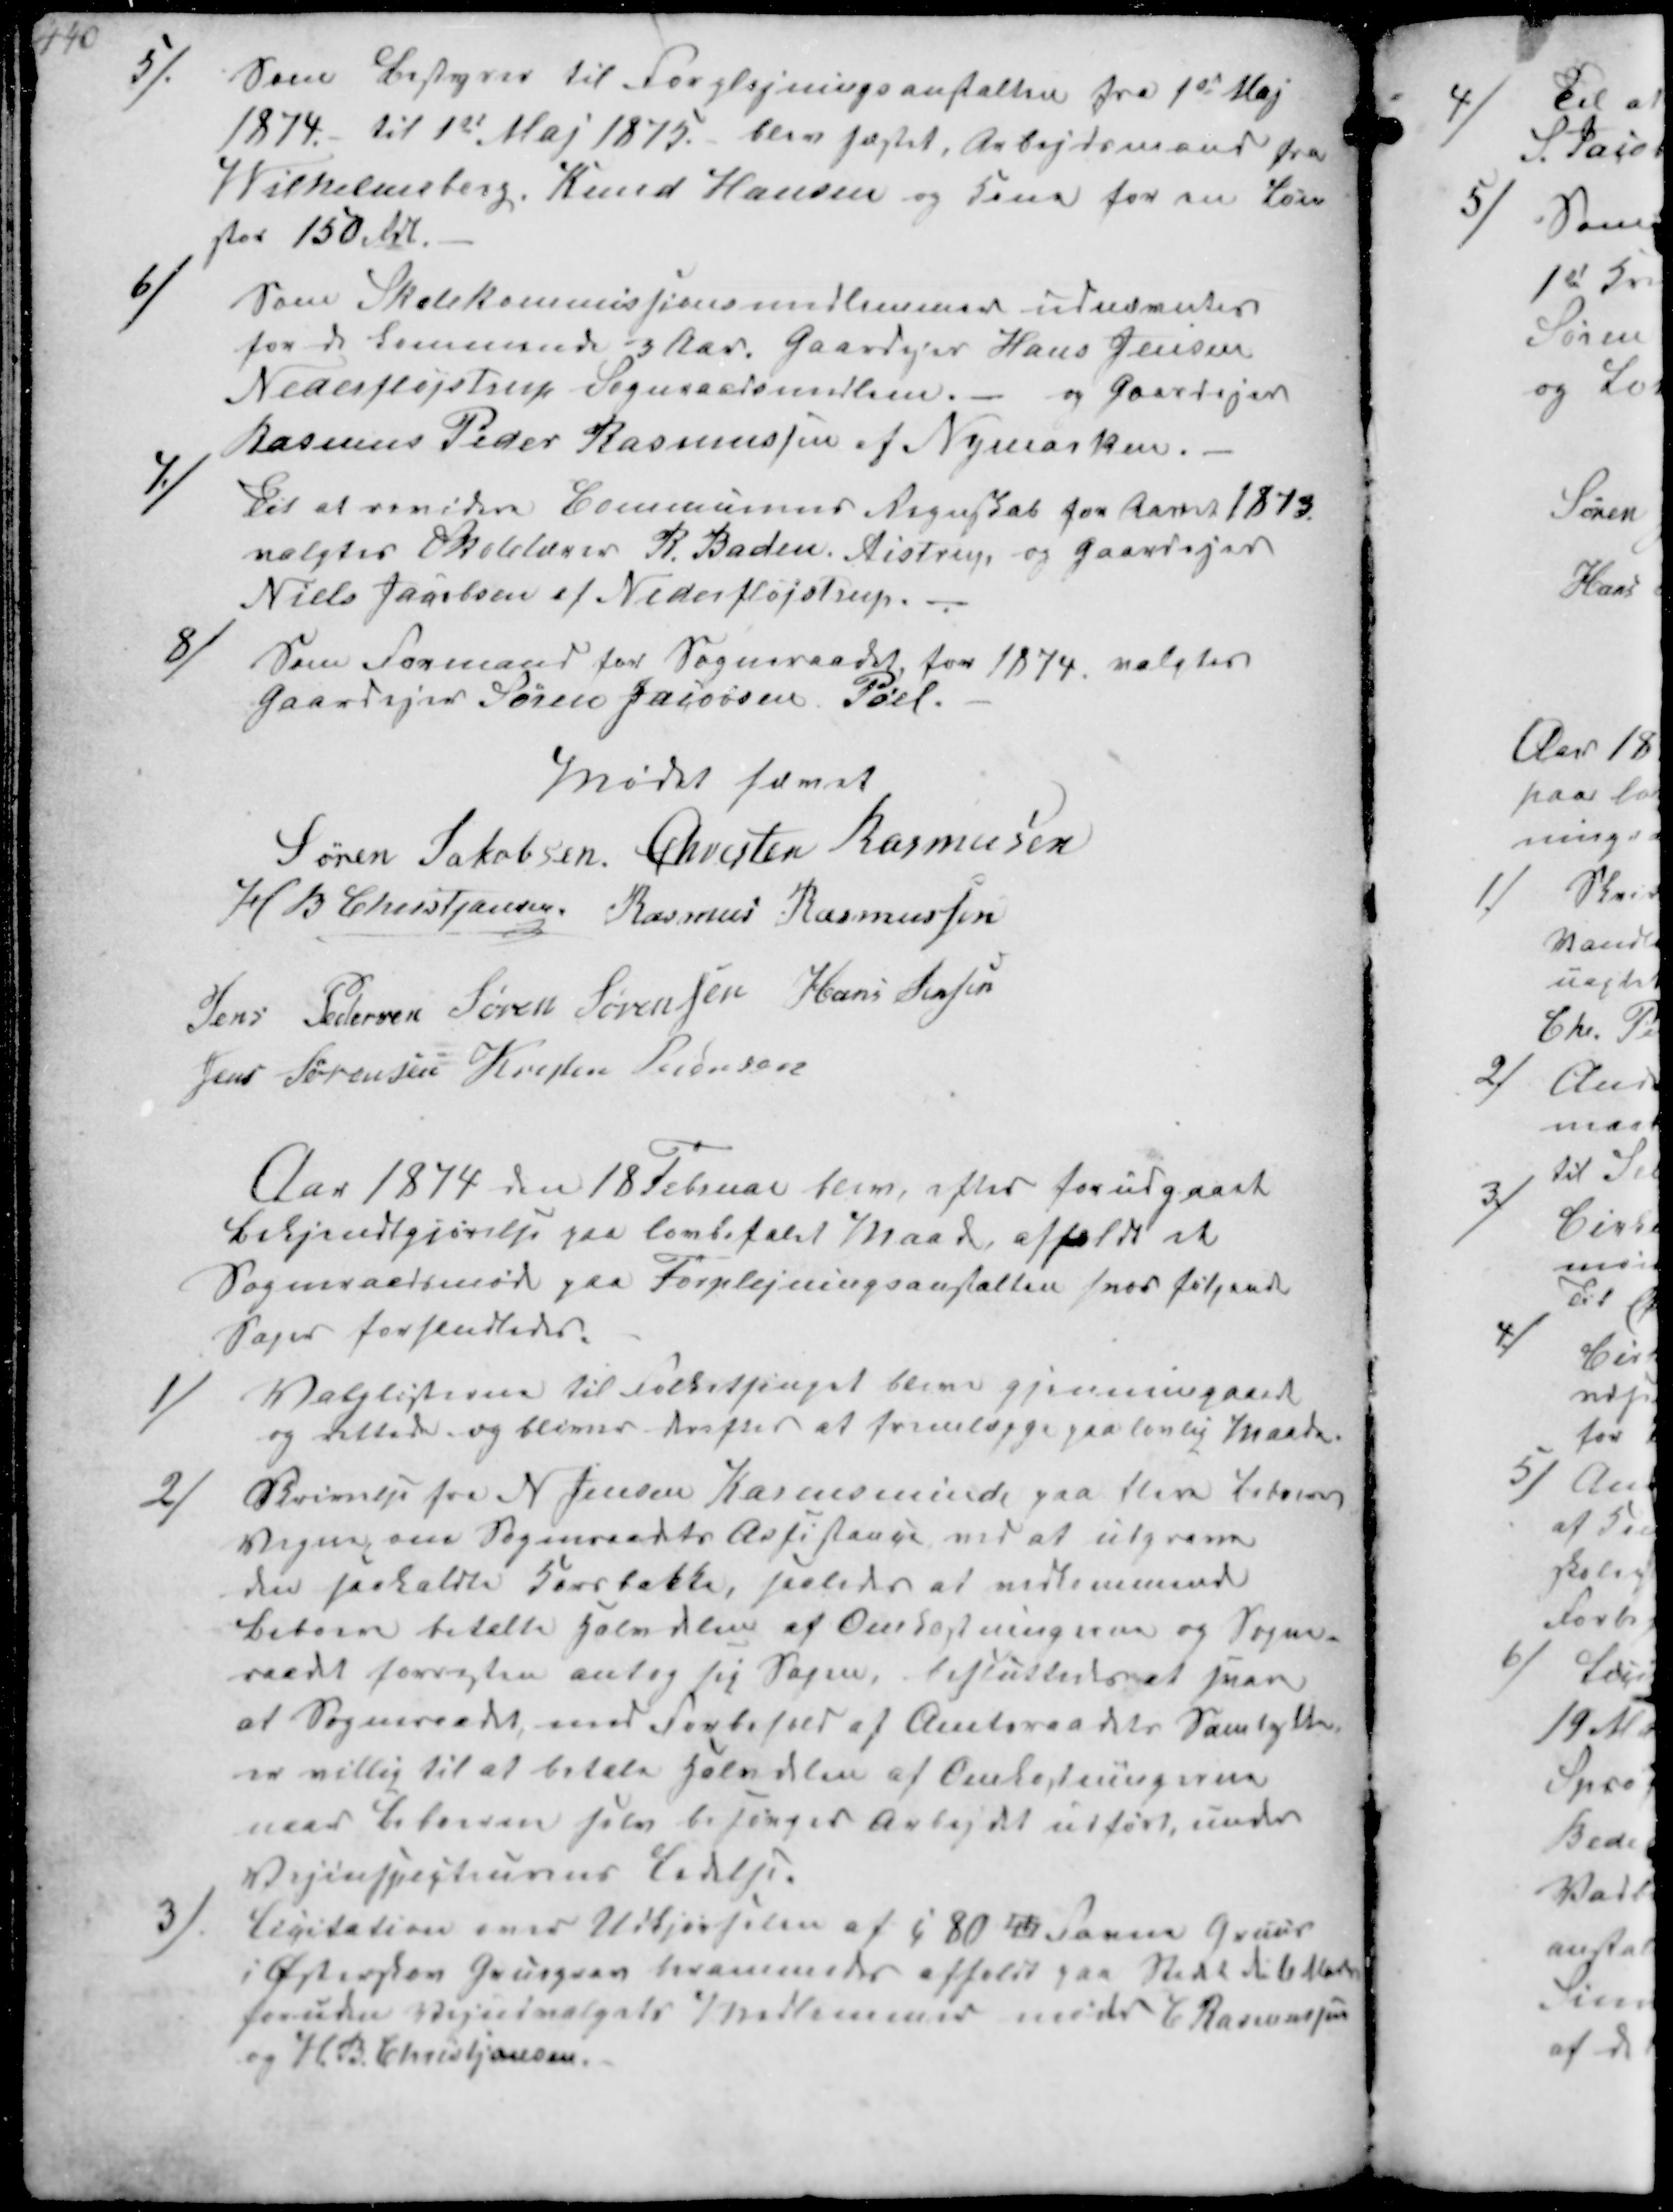
Transskription:
5/
Som Bestyrer til Forplejningsanstalten fra 1st Maj
1874 til 1st Maj 1875 blev fæstet, Arbejdsmand fra
Vilhelmsborg. Knud Hansen og Kone for en Løn
stor 150 Rd.

6/
Som Skolekommissionsmedlemmer udnævntes
for de kommende 3 Aar Gaardejer Hans Jensen
Nedesfløjstrup Sogneraadsmedlem og Gaardejer
Rasmus Peder Rasmussen af Nymarken.

7/
Til at revidere Communens Regnskab for Aaret 1873
valgtes Skolelærer R Baden Aistrup og Gaardejer
Niels Jacobsen af Nederfløjstrup.

8/
Som Formand for Sogneraadet for 1874 valgtes
gaardejer Søren Jacobsen Pøel

Mødet hævet
Søren Jakobsen Chresten Rasmussen
H B Christjansen Rasmus Rasmussen
Jens Pedersen Søren Sørensen Hans Jensen
Jens Sørensen Kresten Pedersen

Aar 1874 den 18 Februar blev efter forudgaaet
Bekjendtgjørelse paa lovbefalet Maade afholdt et
Sogneraadsmøde paa Forplejningsanstalten hvor følgende
sager forhandledes.

1/
Valglisterne til Folkethinget bleve gjennemgaaede
og rettede og bliver derefter at fremlægge paa lovlig Maade

2/
Skrivelse fra N Jensen Karensminde paa flere Beboeres
Vegne om Sogneraadets Assistance med at udgrave
den saakaldte Kornbakke saaledes at vedkommende
Beboere betalte Halvdelen af Omkostningerne og Sogne-
raadet forresten antog sig Sagen, besluttedes det  
at Sogneraadet, med Forbehold af Amtsraadets Samtykke
er villig til at betale Halvdelen af Omkostningerne
naar Beboerne selv besørger arbejdet udført, under
Vejinspekteurens Ledelse

3/
Licitation over Udkjørselen af c 80  Favne Gruus 
i  Grusgrav  afholdt paa Mødet deltager
foruden Vejudvalgets Medlemmer møder C Rasmussen
og H B Christjansen.